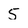
Character: 5